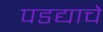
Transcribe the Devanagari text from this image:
पडद्याचे